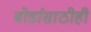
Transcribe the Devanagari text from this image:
बोर्डासाठीही